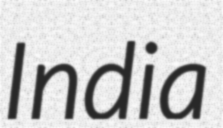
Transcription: India